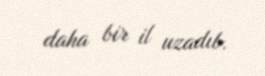
daha bir il uzadıb.